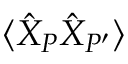
\langle \hat { X } _ { P } \hat { X } _ { P ^ { \prime } } \rangle